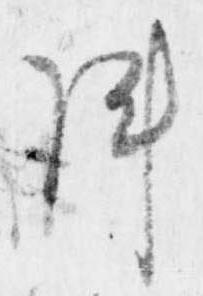
陣